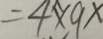
= 4 \times 9 x